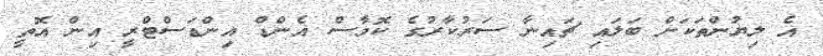
އެ ލިޔުންތަކަށް ބަލައި ޗައިނާ ސަރުކާރުގެ ކޮމާސް އެންޑް އިންޑަސްޓްރީ އިން އޮތީ